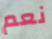
نعم